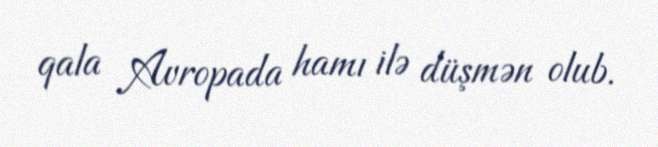
qala Avropada hamı ilə düşmən olub.